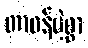
တာဝန်မဲ့စွာ